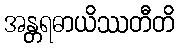
အန္တရဓာယိဿတီတိ